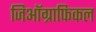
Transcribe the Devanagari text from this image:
जिऑग्राफिकल